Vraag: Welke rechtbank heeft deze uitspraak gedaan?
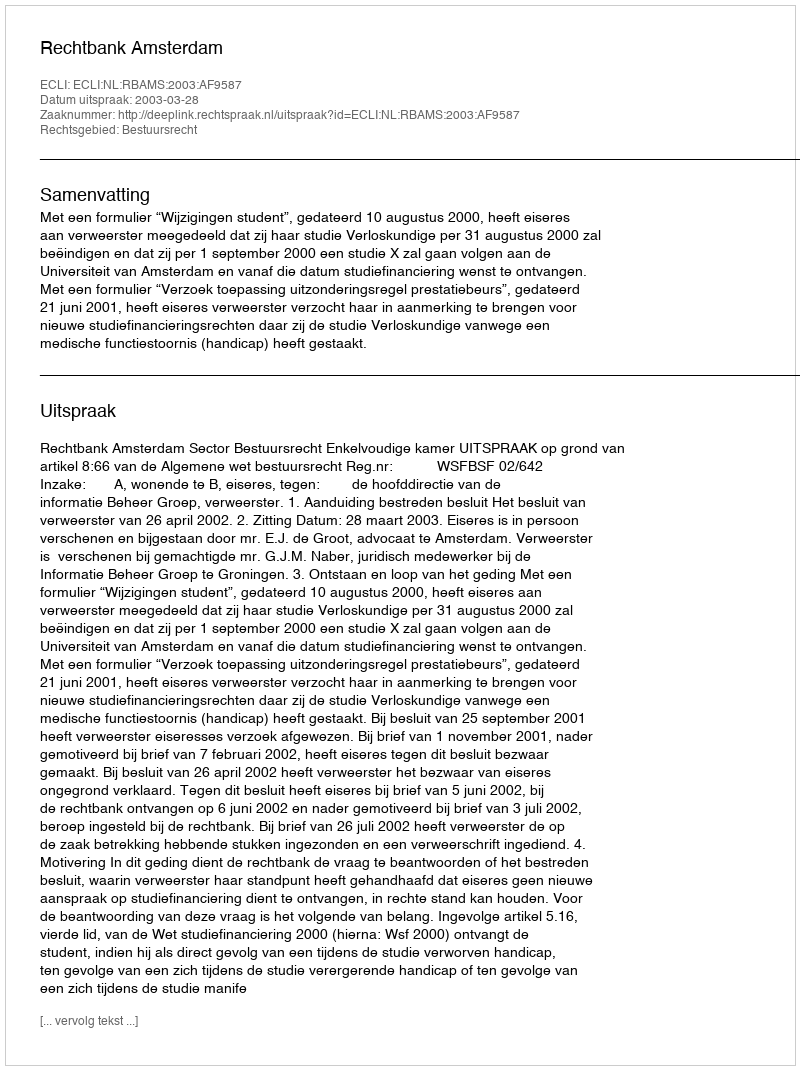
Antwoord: Rechtbank Amsterdam